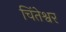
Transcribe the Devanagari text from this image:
चिंतेश्वर